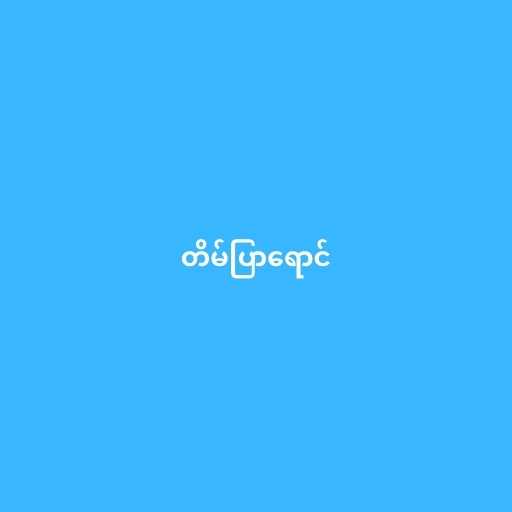
တိမ်ပြာရောင်